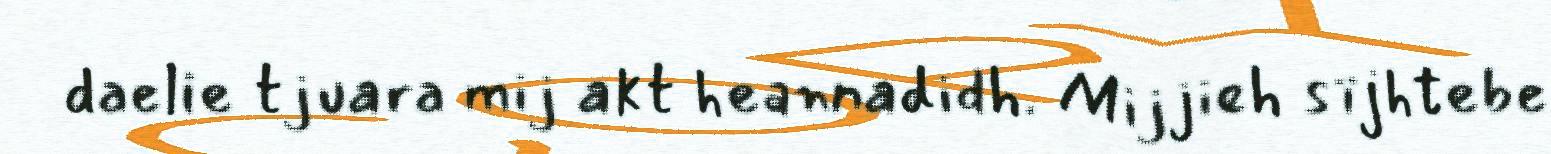
daelie tjuara mij akt heannadidh. Mijjieh sïjhtebe